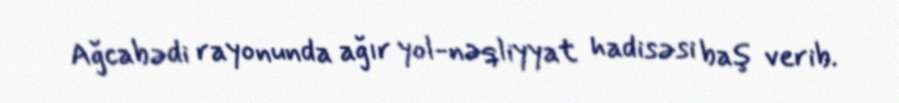
Ağcabədi rayonunda ağır yol-nəqliyyat hadisəsi baş verib.